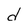
Character: d